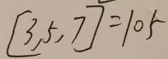
[ 3 , 5 , 7 ] = 1 0 5